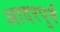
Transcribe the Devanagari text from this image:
आदरपूर्व